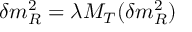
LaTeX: \delta m _ { R } ^ { 2 } = \lambda M _ { T } ( \delta m _ { R } ^ { 2 } )